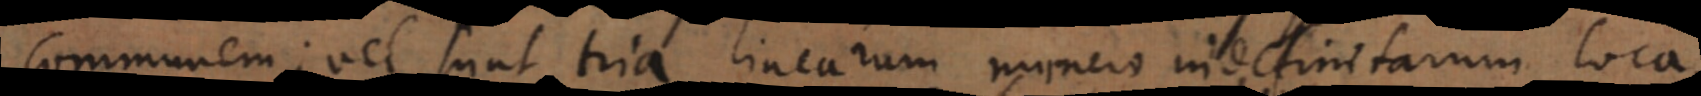
communem; vel sunt tria linearum numero indefinitarum loca,